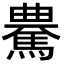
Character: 𩤰